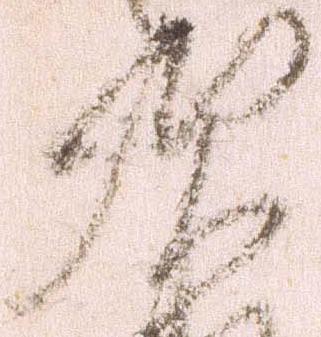
次